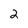
Character: 2